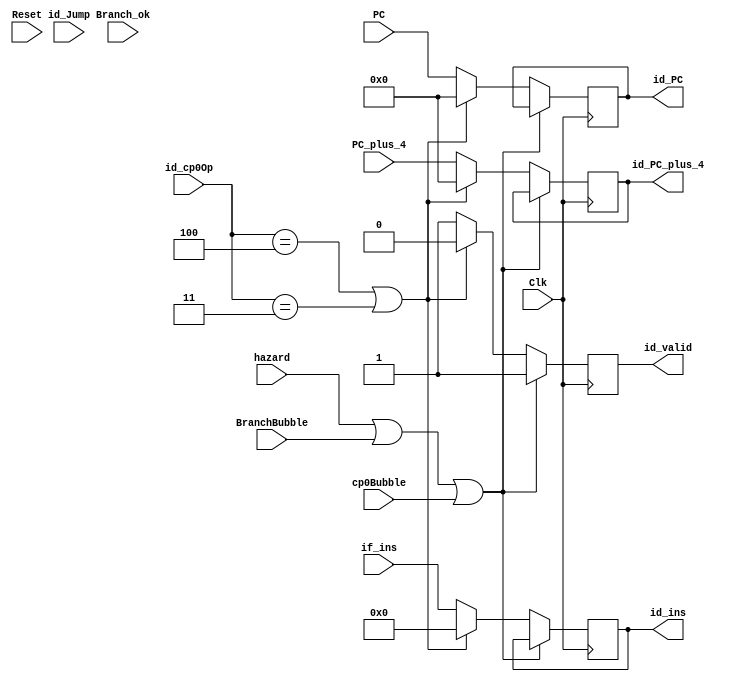
`timescale 1ns / 1ps
module if_id(Clk,Reset,id_Jump,Branch_ok,hazard,if_ins,id_ins,PC_plus_4,id_PC_plus_4,BranchBubble,PC,id_PC,id_cp0Op,cp0Bubble,id_valid/*,loongsonBubble,loongsonOver*/);
    input       Clk;
    input       Reset;
    input[1:0]  id_Jump;
    input[31:0] if_ins;
    input       hazard;
    input       Branch_ok;
    input[31:2] PC_plus_4;
    input       BranchBubble;
    input[31:2] PC;
    input[2:0]  id_cp0Op;
    input       cp0Bubble;
    //input       loongsonBubble;
    //input       loongsonOver;

    output reg [31:0] id_ins;
    output reg [31:2] id_PC_plus_4;
    output reg [31:2] id_PC;

    output reg        id_valid;

    parameter SYSCALL = 3'b100, ERET = 3'b011;

    initial begin
      id_ins       = 32'd0;
      id_PC_plus_4 = 30'd0;
      id_PC        = 30'd0;
      id_valid     =  1'd0;
    end
    always @(negedge Clk)
    begin
      //****************//
      /*if (!Reset) begin*/ 
        if (hazard || BranchBubble || cp0Bubble /*|| loongsonBubble || loongsonOver*/) begin//BranchBubbleBranch_okbranch_ok
            id_valid     <= 1'd1;
        end 
        //**************longsonbeqj
        /*else if (Branch_ok || id_Jump) begin
            id_ins       <= 32'd0;
            id_PC_plus_4 <= PC_plus_4;
            id_PC        <= PC;
        end */ 
        //************SYSCALLERET*****//
        else if (id_cp0Op == SYSCALL || id_cp0Op == ERET) begin
            id_ins       <= 32'd0;
            id_PC_plus_4 <= 30'd0;
            id_PC        <= 30'd0;
            id_valid     <= 1'd0;
        end 
        else begin
            id_ins       <= if_ins;
            id_PC_plus_4 <= PC_plus_4;
            id_PC        <= PC;
            id_valid     <= 1'd1;
        end
      /*end // !Reset
      else begin
          id_ins       = 32'd0;
          id_PC_plus_4 = 30'd0;
          id_PC        = 30'd0;
          id_valid     =  1'd0;
      end*/
    end

endmodule